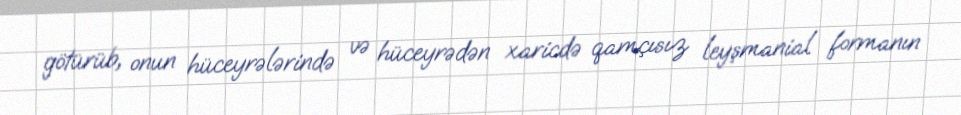
götürüb, onun hüceyrələrində və hüceyrədən xaricdə qamçısız leyşmanial formanın